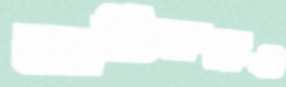
কার্তিকরেও